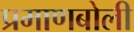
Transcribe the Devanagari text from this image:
प्रमाणबोली